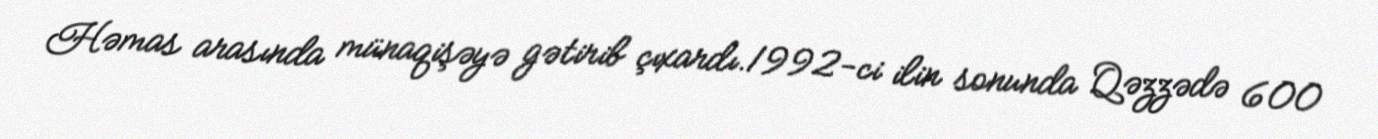
Həmas arasında münaqişəyə gətirib çıxardı.1992-ci ilin sonunda Qəzzədə 600